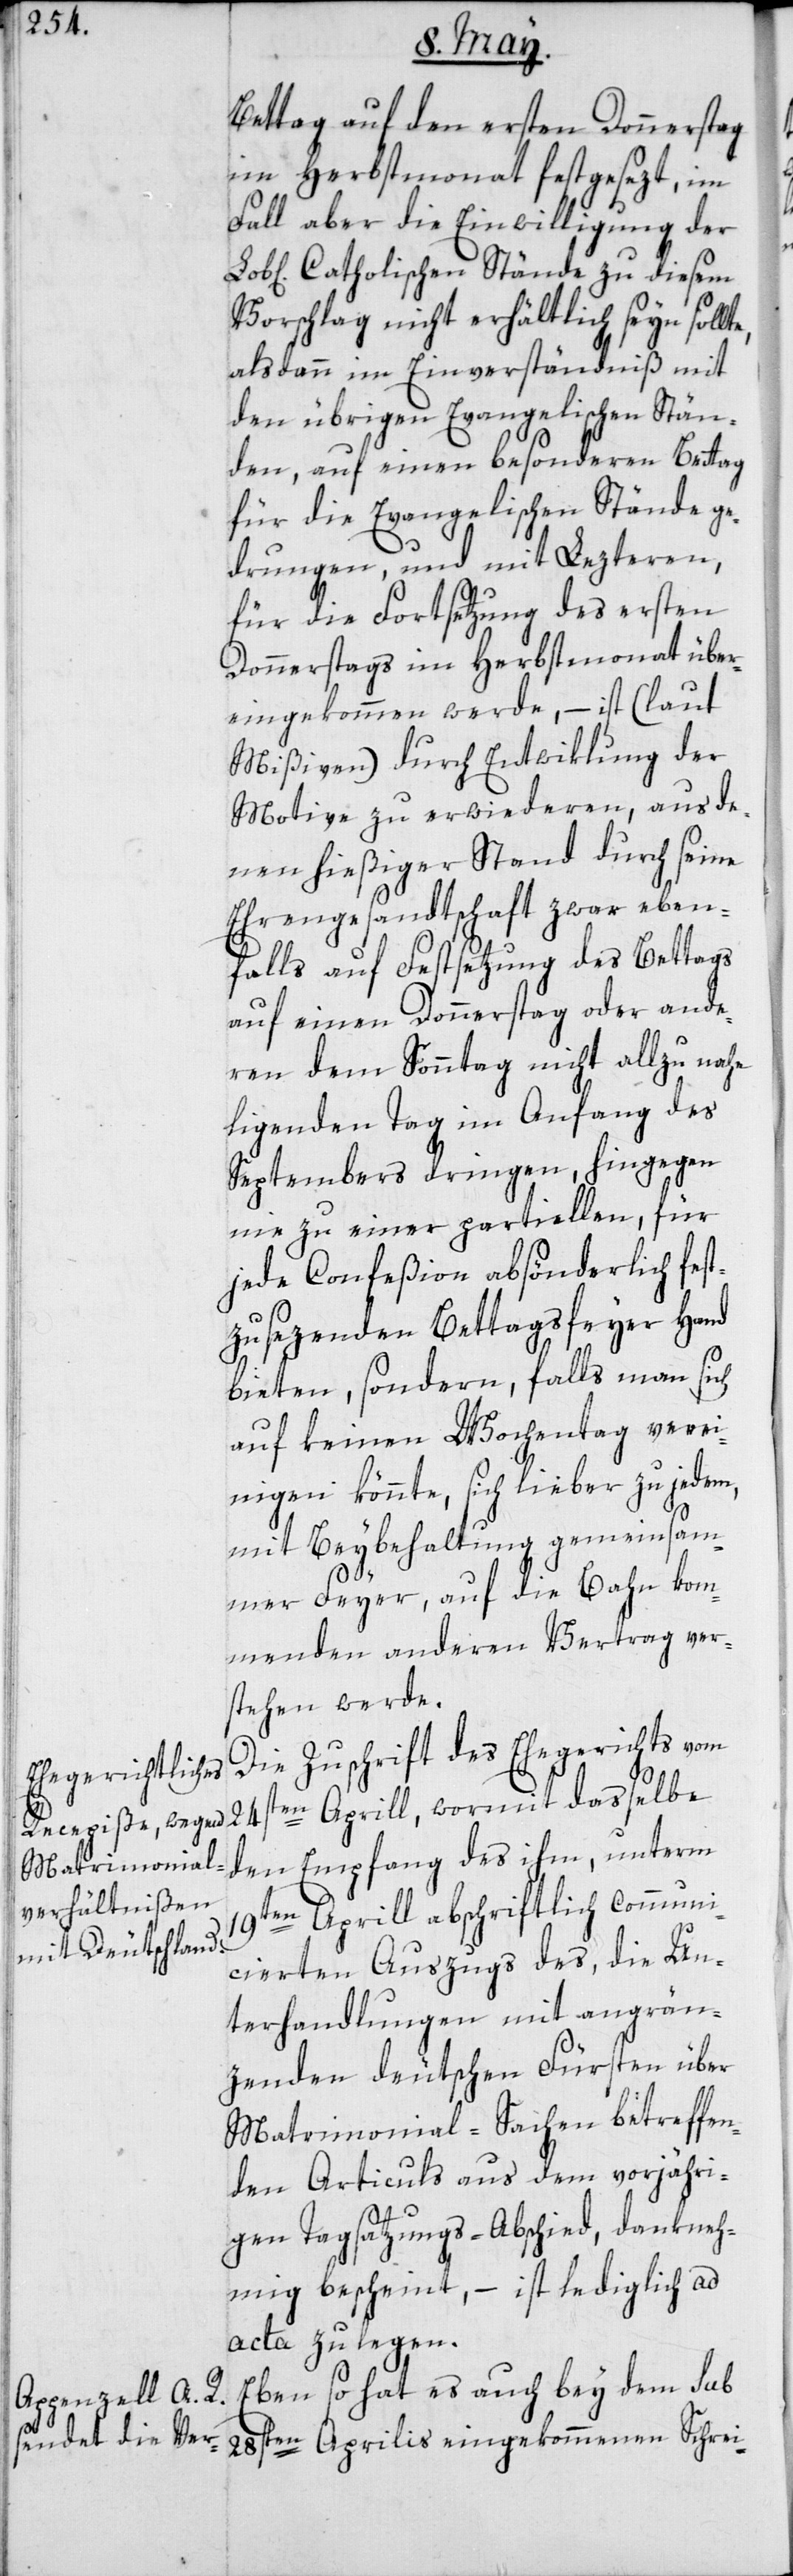
19t¬

Bettag auf den ersten Donnerstag
im Herbstmonat festgesezt, im
Fall aber die Einwilligung der
Catholischen Stände zu diesem
Vorschlag nicht erhältlich seyn sollt¬
alsdann im Einverständniß mit
den übrigen Evangelischen Stän¬
den, auf einen besondern Bettag
für die Evangelischen Stände ge¬
drungen und mit Lezteren,
für die Fortsetzung des ersten
Donnerstags im Herbstmonat über¬
eingekommen werde, – ist (laut
Mißiven) durch Entwiklung der
Motive zu erwideren, aus de¬
nen hießiger Stand durch seine
Ehrengesandtschaft zwar eben¬
falls auf Festsetzung des Bettags
auf einen Donnerstag oder ande¬
ren dem Sonntag nicht allzu nahe
liegenden Tag im Anfang des
Septembers dringen, hingegen
nie zu einer partiellen, für
jede Confeßion absönderlich fes¬
tzusezenden Bettagsfeyer Hand
bieten, sondern, falls man sich
auf keinen Wochentag verei¬
nigen könnte, sich lieber zu jedem,
mit Beybehaltung gemeinsam¬
mer Feyer, auf die Bahn kom¬
menden anderen Vertrag ver¬
stehen werde.
Die Zuschrift des Ehegerichts vom
den Empfang des ihm, unterm
en Aprill abschriftlich communi¬
cierten Auszugs des, die Un¬
terhandlungen mit angrän¬
zenden deutschen Fürsten über
Matrimonial-Sachen betreffen¬
den Articuls aus dem vorjähri¬
gen Tagsatzungs-Abschied, dankneh¬
mig bescheint, – ist lediglich ad
acta zu legen.
Eben so hat es auch bey dem sub
28sten Aprilis eingekommenen Schrei-